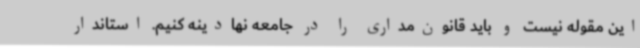
این مقوله نیست و باید قانون‌مداری را در جامعه نهادینه کنیم. استاندار